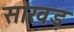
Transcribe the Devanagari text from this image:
सांखड़